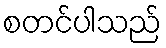
စတင်ပါသည်